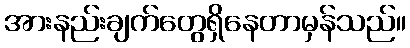
အားနည်းချက်တွေရှိနေတာမှန်သည်။